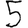
Digit: 5